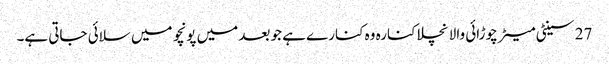
27 سینٹی میٹر چوڑائی والا نچلا کنارہ وہ کنارے ہے جو بعد میں پونچو میں سلائی جاتی ہے۔